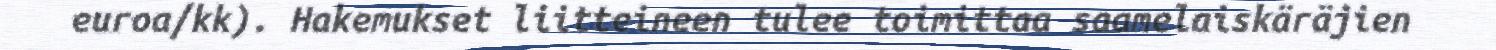
euroa/kk). Hakemukset liitteineen tulee toimittaa saamelaiskäräjien